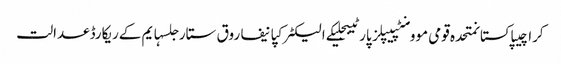
کراچیپاکستانمتحدہ قومی موومنٹپیپلز پارٹیبجلیکے الیکٹرکپانیفاروق ستارجلسہایم کےریکارڈعدالت